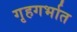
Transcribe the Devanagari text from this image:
गृहगर्भात